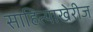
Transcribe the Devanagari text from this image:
साहित्याखेरीज